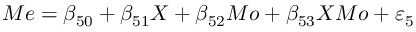
M e = \beta _ { 5 0 } + \beta _ { 5 1 } X + \beta _ { 5 2 } M o + \beta _ { 5 3 } X M o + \varepsilon _ { 5 }